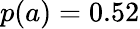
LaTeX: p(a)=0.52